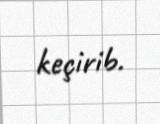
keçirib.